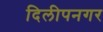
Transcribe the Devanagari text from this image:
दिलीपनगर